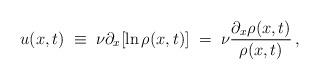
LaTeX: \begin{align*}u(x,t) \; \equiv \; \nu\partial_{x}[\ln\rho(x,t)] \; = \;\nu\frac{\partial_{x}\rho(x,t)}{\rho(x,t)} \, ,\end{align*}